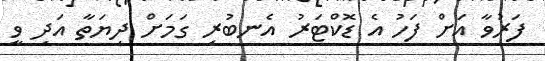
ފަރުވާ އަށް ފަހު އެ ޑޮކްޓަރު އެނބުރި ގަމަށް ދިޔަތާ އަދި ވީ